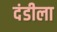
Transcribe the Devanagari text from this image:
दंडीला